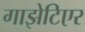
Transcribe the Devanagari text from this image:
गाझेटिएर